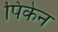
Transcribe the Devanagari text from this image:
पिकेन